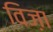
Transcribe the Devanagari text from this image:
विज़ा